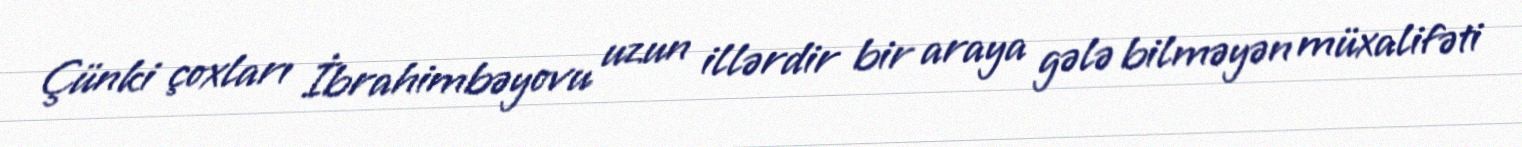
Çünki çoxları İbrahimbəyovu uzun illərdir bir araya gələ bilməyən müxalifəti